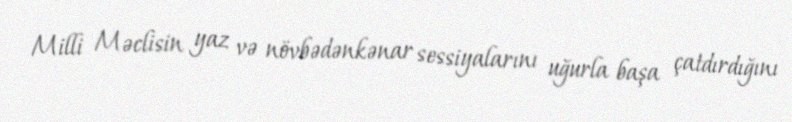
Milli Məclisin yaz və növbədənkənar sessiyalarını uğurla başa çatdırdığını